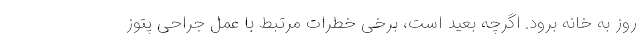
روز به خانه برود. اگرچه بعید است، برخی خطرات مرتبط با عمل جراحی پتوز